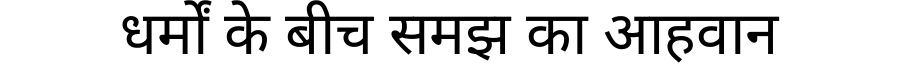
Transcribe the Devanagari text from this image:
धर्मों के बीच समझ का आहवान